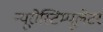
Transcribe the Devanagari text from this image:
न्यूरोस्टिम्यूलेटर